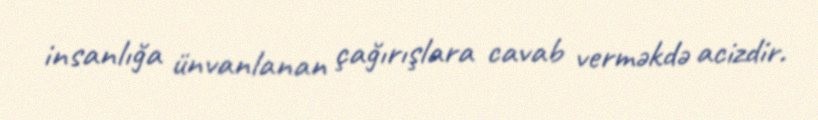
insanlığa ünvanlanan çağırışlara cavab verməkdə acizdir.